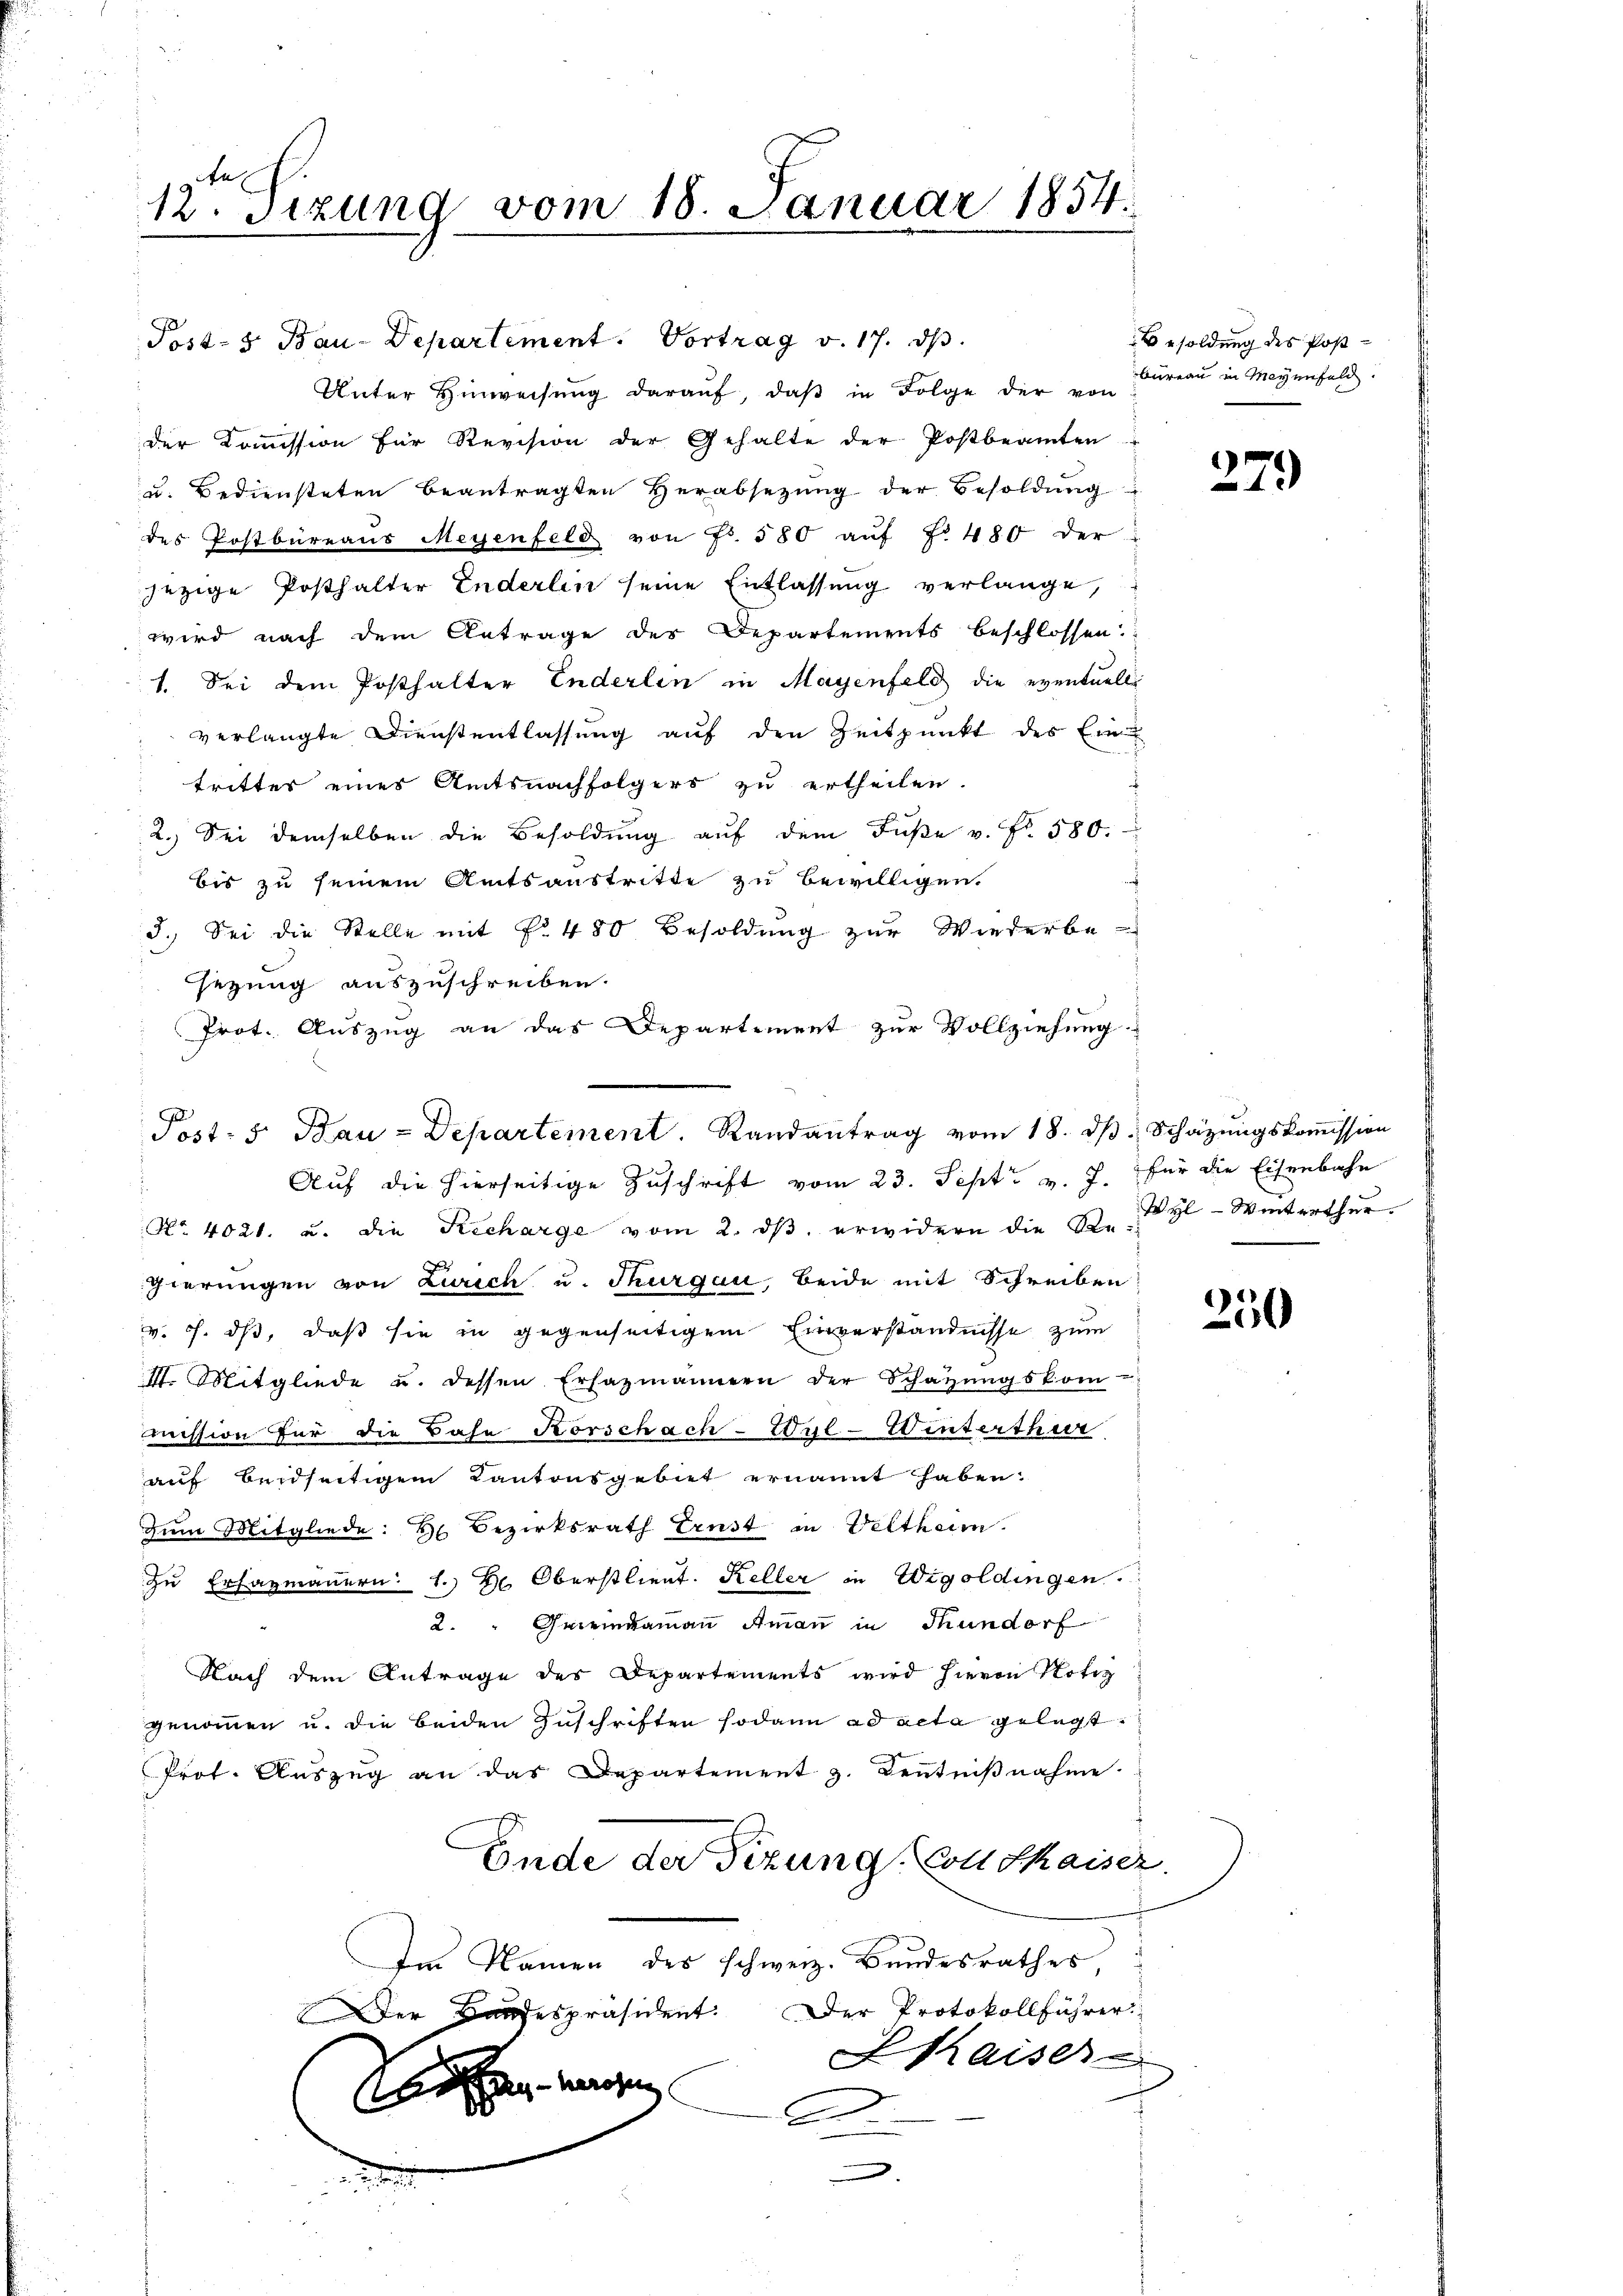
12ten Sizung vom 18. Januar 1854.

Post- 5. Bau-Departement. Vortrag v. 17. ds.
Unter Hinweisŭng daraŭf, daβ in Folge der von
der Koṁission für Revision der Gehalte der Postbeamten
u. Bediensteten beantragten Herabsetzŭng der Besoldŭng
des Postbüreaŭs Meyenfeld von Fr. 580 aŭf No 480 der
jezige Posthalter Enderlin seine Entlassung verlange,
wird nach dem Antrage der Departements beschlossen
1. Sei dem Posthalter Enderlin in Mayenfeld die eventuell
verlangte Dienstentlassung auf den Zeitpunkt des Ein
tritter eines Amtsnachfolgers zu ertheilen.
2.) Sei demselben die Besoldŭng aŭf dem Füβe v. Fr. 580.
bis zu seinem Amtsaustritte zu bewilligen.
3. Sei die Stelle mit No. 480 Besoldung zur Wiederbe-
sezung auszuschreiben.
Prot. Auszug an das Departement zur Vollziehung

Post- 5. Bau-Departement. Randantrag vom 18. dβ. Schätzungskoṁission
Auf die hierseitige Zuschrift vom 23. Sept. v. J. für die Eisenbahn

No. 4021. u. die Recharge vom 2. dβ erwidern die St. Gl-Winterthur
gierungen von Zürich u. Thurgau, beide mit Schreiben:
v. J. dß, daß sie in gegenseitigem Einverständnisse zum
I. Mitgliede u. dessen Ersazmannern der Schatzŭngskom
mission für die Bahn Körschach-Wyl-Winterthur
auf beidseitigem Kantonsgebiet ernannt haben:
Zum Mitgliede: H. Bezirksrath Ernst in Veltheim.
zu Erfazmauern: 1.) Hr. Oberstlieut. Keller in Wigoldingen.
2. " Gemeindammann Aman in Tundorf
Nach dem Antrage des Departements wird hievon Notiz
genommen u. die beiden Zuschriften sodann ad acta gelegt.
Prot. Aŭszŭg an das Departement z. Keṅtniβnahme.
Ende der Sitzung. Von Chaiser.
Im Namen des schweiz. Bandesrathes,
Der Baugespräsident. Der Protokollführer
Kaiser

Besoldung des Postbureau in Meyenfeld.

279

250